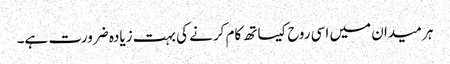
ہر میدان میں اسی روح کیساتھ کام کرنے کی بہت زیادہ ضرورت ہے۔